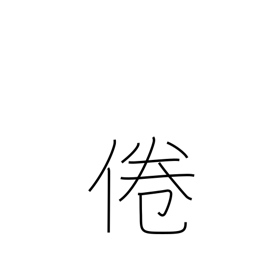
Meaning: lose interest in